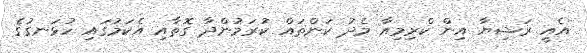
އެއީ ރަޝިޔާ އިން ކްރިމިއާ މެދު ކަންތައް ކުރަމުންދާ ގޮތާއި އެކަމުގައި ހުޅަނގުގެ